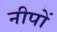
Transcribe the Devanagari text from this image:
नीपों